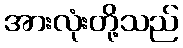
အားလုံးတို့သည်